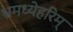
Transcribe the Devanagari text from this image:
भ्रमध्येहरिम्